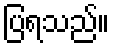
ပြရသည်။